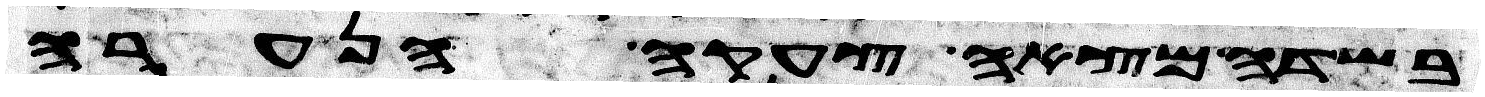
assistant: בשדה מצאה צעקה הנערה